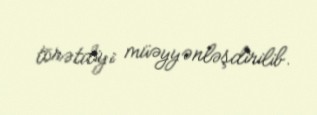
törətdiyi müəyyənləşdirilib.